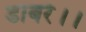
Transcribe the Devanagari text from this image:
डाबरे।।